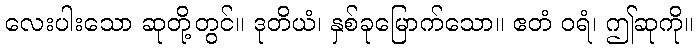
လေးပါးသော ဆုတို့တွင်။ ဒုတိယံ၊ နှစ်ခုမြောက်သော။ ဧတံ ဝရံ၊ ဤဆုကို။